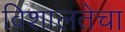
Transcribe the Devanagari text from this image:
विशालतेचा